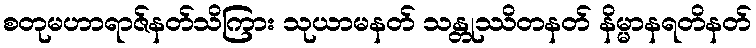
စတုမဟာရာဇ်နတ်သိကြား သုယာမနတ် သန္တုဿိတနတ် နိမ္မာနရတိနတ်